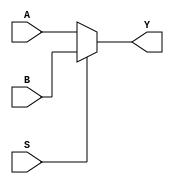
module _MUX_(A, B, S, Y);
input A, B, S;
output reg Y;
always @* begin
	if (S)
		Y = B;
	else
		Y = A;
end
endmodule